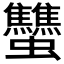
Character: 𧖝